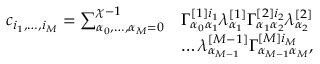
\begin{array} { r l } { c _ { i _ { 1 } , \dots , i _ { M } } = \sum _ { \alpha _ { 0 } , \dots , \alpha _ { M } = 0 } ^ { \chi - 1 } } & { \Gamma _ { \alpha _ { 0 } \alpha _ { 1 } } ^ { [ 1 ] i _ { 1 } } \lambda _ { \alpha _ { 1 } } ^ { [ 1 ] } \Gamma _ { \alpha _ { 1 } \alpha _ { 2 } } ^ { [ 2 ] i _ { 2 } } \lambda _ { \alpha _ { 2 } } ^ { [ 2 ] } } \\ & { \dots \lambda _ { \alpha _ { M - 1 } } ^ { [ M - 1 ] } \Gamma _ { \alpha _ { M - 1 } \alpha _ { M } } ^ { [ M ] i _ { M } } , } \end{array}